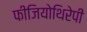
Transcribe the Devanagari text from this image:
फीजियोथिरेपी